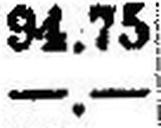
—.—